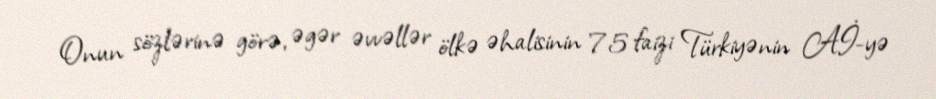
Onun sözlərinə görə, əgər əvvəllər ölkə əhalisinin 75 faizi Türkiyənin Aİ-yə